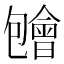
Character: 𱑃